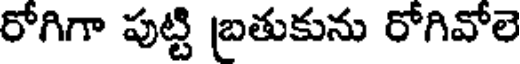
రోగిగా పుట్టి బ్రతుకును రోగివోలె